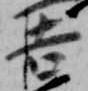
吉